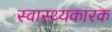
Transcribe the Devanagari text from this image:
स्वास्थ्यकारक